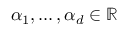
\alpha _ { 1 } , \ldots , \alpha _ { d } \in \mathbb { R }